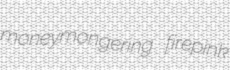
moneymongering firepink